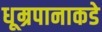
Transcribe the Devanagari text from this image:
धूम्रपानाकडे